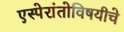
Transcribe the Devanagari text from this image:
एस्पेरांतोविषयीचे